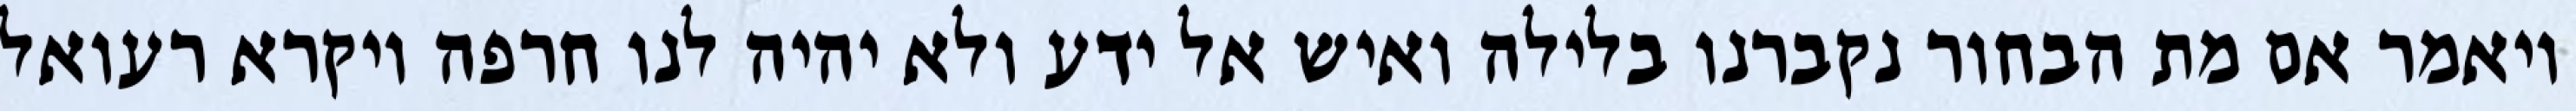
ויאמר אם מת הבחור נקברנו בלילה ואיש אל ידע ולא יהיה לנו חרפה ויקרא רעואל